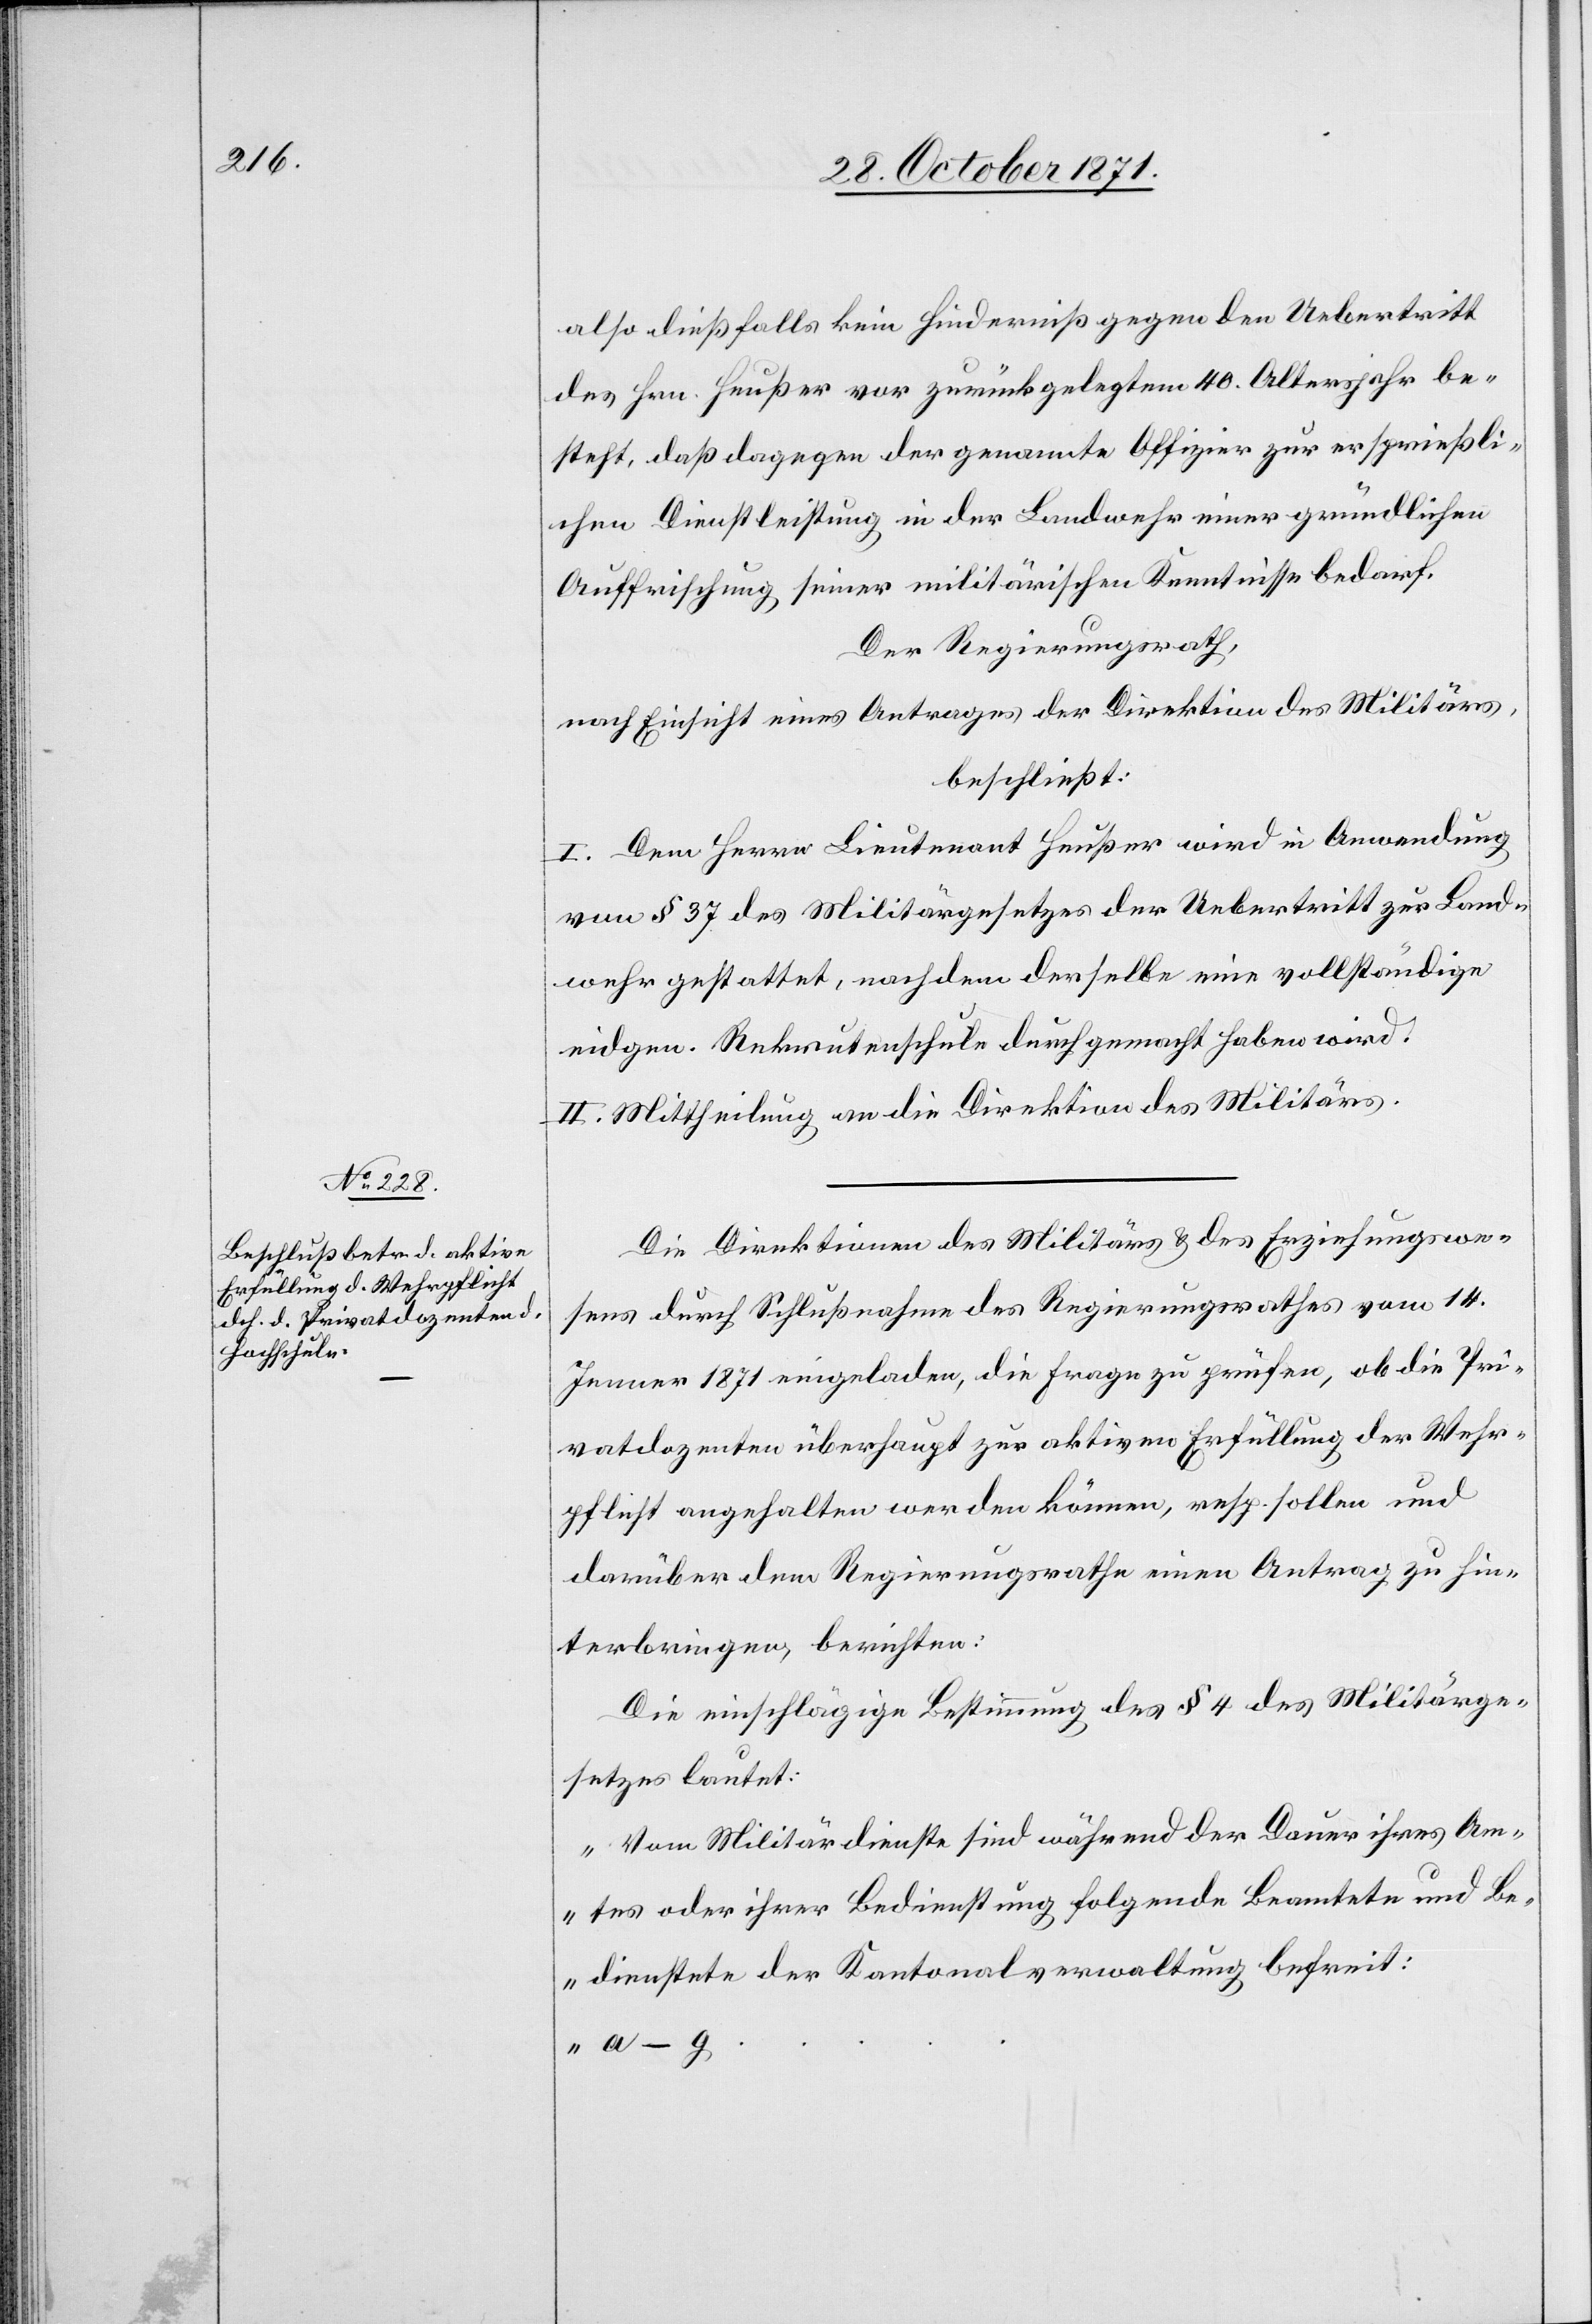
also dießfalls kein Hinderniß gegen den Uebertritt
des Hrn. Heußer vor zurückgelegtem 40. Altersjahr be¬
steht, daß dagegen der genannte Offizier zur ersprießli¬
chen Dienstleistung in der Landwehr einer gründlichen
Auffrischung seiner militärischen Kenntnisse bedarf.
Der Regierungsrath,
nach Einsicht eines Antrages der Direktion des Militärs,
beschließt:
I. Dem Herrn Lieutenant Heußer wird in Anwendung
von § 37 des Militärgesetzes der Uebertritt zur Land¬
wehr gestattet, nachdem derselbe eine vollständige
eidgen. Rekrutenschule durchgemacht haben wird.
II. Mittheilung an die Direktion des Militärs.
Die Direktionen des Militärs & des Erziehungswe¬
sens durch Schlußnahme des Regierungsrathes vom 14.
Jenner 1871 eingeladen, die Frage zu prüfen, ob die Pri¬
vatdozenten überhaupt zur aktiven Erfüllung der Wehr¬
pflicht angehalten werden können, resp. sollen und
darüber dem Regierungsrathe einen Antrag zu hin¬
terbringen, berichten:
Die einschlägige Bestimmung des § 4 des Militärge¬
setzes lautet:
„Vom Militärdienste sind während der Dauer ihres Am¬
tes oder ihrer Bedienstung folgende Beamtete und Be¬
dienstete der Kantonalverwaltung befreit: